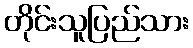
တိုင်းသူပြည်သား